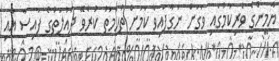
ޔާމީންގެ ވެރިކަމުގައި ވަގަށް ނަގާފައިވާ ކަމަށް ތުހުމަތު ކުރެވޭ ދައުލަތުގެ ފައިސާ އާއި